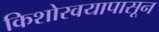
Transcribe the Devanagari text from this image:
किशोरवयापासून